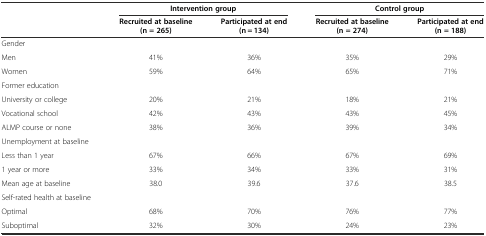
<table><thead><tr><td rowspan="2"></td><td colspan="2"><b>Intervention group</b></td><td colspan="2"><b>Control group</b></td></tr><tr><td><b>Recruited at baseline (n = 265)</b></td><td><b>Participated at end (n = 134)</b></td><td><b>Recruited at baseline (n = 274)</b></td><td><b>Participated at end (n = 188)</b></td></tr></thead><tbody><tr><td>Gender</td><td></td><td></td><td></td><td></td></tr><tr><td>Men</td><td>41%</td><td>36%</td><td>35%</td><td>29%</td></tr><tr><td>Women</td><td>59%</td><td>64%</td><td>65%</td><td>71%</td></tr><tr><td>Former education</td><td></td><td></td><td></td><td></td></tr><tr><td>University or college</td><td>20%</td><td>21%</td><td>18%</td><td>21%</td></tr><tr><td>Vocational school</td><td>42%</td><td>43%</td><td>43%</td><td>45%</td></tr><tr><td>ALMP course or none</td><td>38%</td><td>36%</td><td>39%</td><td>34%</td></tr><tr><td>Unemployment at baseline</td><td></td><td></td><td></td><td></td></tr><tr><td>Less than 1 year</td><td>67%</td><td>66%</td><td>67%</td><td>69%</td></tr><tr><td>1 year or more</td><td>33%</td><td>34%</td><td>33%</td><td>31%</td></tr><tr><td>Mean age at baseline</td><td>38.0</td><td>39.6</td><td>37.6</td><td>38.5</td></tr><tr><td>Self-rated health at baseline</td><td></td><td></td><td></td><td></td></tr><tr><td>Optimal</td><td>68%</td><td>70%</td><td>76%</td><td>77%</td></tr><tr><td>Suboptimal</td><td>32%</td><td>30%</td><td>24%</td><td>23%</td></tr></tbody></table>